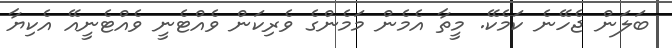
ބަލަން ޖެހޭނެ ކަމެކޭ. މީތާ އެމެން މަމެންގެ ވެރިކަން ވެއްޓެނީ ވެއްޓެނީއޭ އެކިޔާ